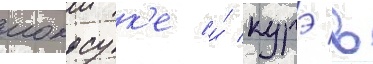
иокосук'е и́ курэ в